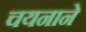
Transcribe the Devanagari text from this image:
चयनाने